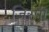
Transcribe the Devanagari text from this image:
जिस्पी